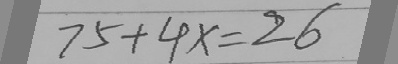
7 5 + 4 x = 2 6